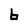
Character: 6